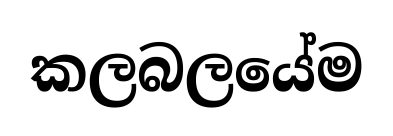
කලබලයේම